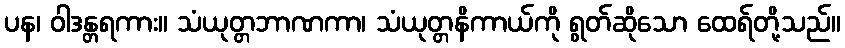
ပန၊ ဝါဒန္တရကား။ သံယုတ္တဘာဏကာ၊ သံယုတ္တနိကာယ်ကို ရွတ်ဆိုသော ထေရ်တို့သည်။